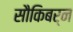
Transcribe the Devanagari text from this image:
सौकिबर्न